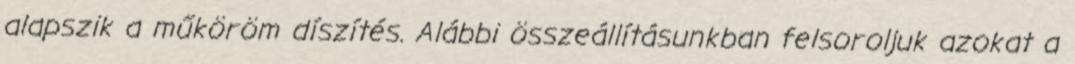
alapszik a műköröm díszítés. Alábbi összeállításunkban felsoroljuk azokat a